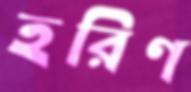
হরিণ